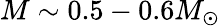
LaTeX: M\sim 0.5-0.6M_{\odot}